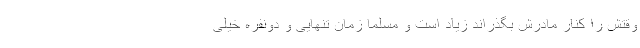
وقتش را کنار مادرش بگذراند زیاد است و مسلما زمان تنهایی و دونفره خیلی